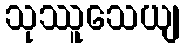
သုဿူသေယျ